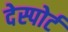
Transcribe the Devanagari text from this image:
देस्पोर्ट